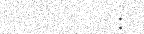
: